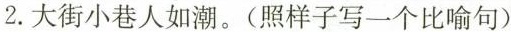
2.大街小巷人如潮。(照样子写一个比喻句)